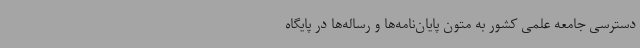
دسترسی جامعه علمی کشور به متون پایان‌نامه‌ها و رساله‌ها در پایگاه